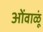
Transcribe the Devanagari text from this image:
ओंवाळूं